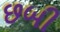
છબી